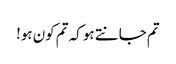
تم جانتے ہو کہ تم کون ہو!